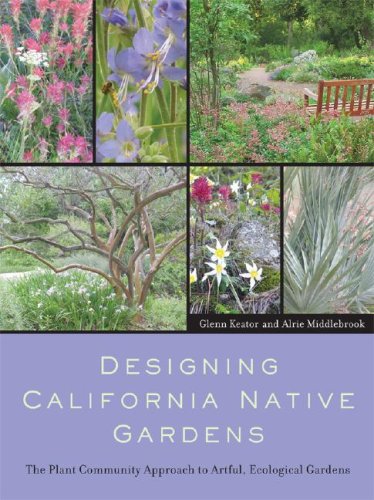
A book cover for Designing California Native Gardens: The Plant Community Approach to Artful, Ecological Gardens; Glenn Keator; Crafts, Hobbies & Home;